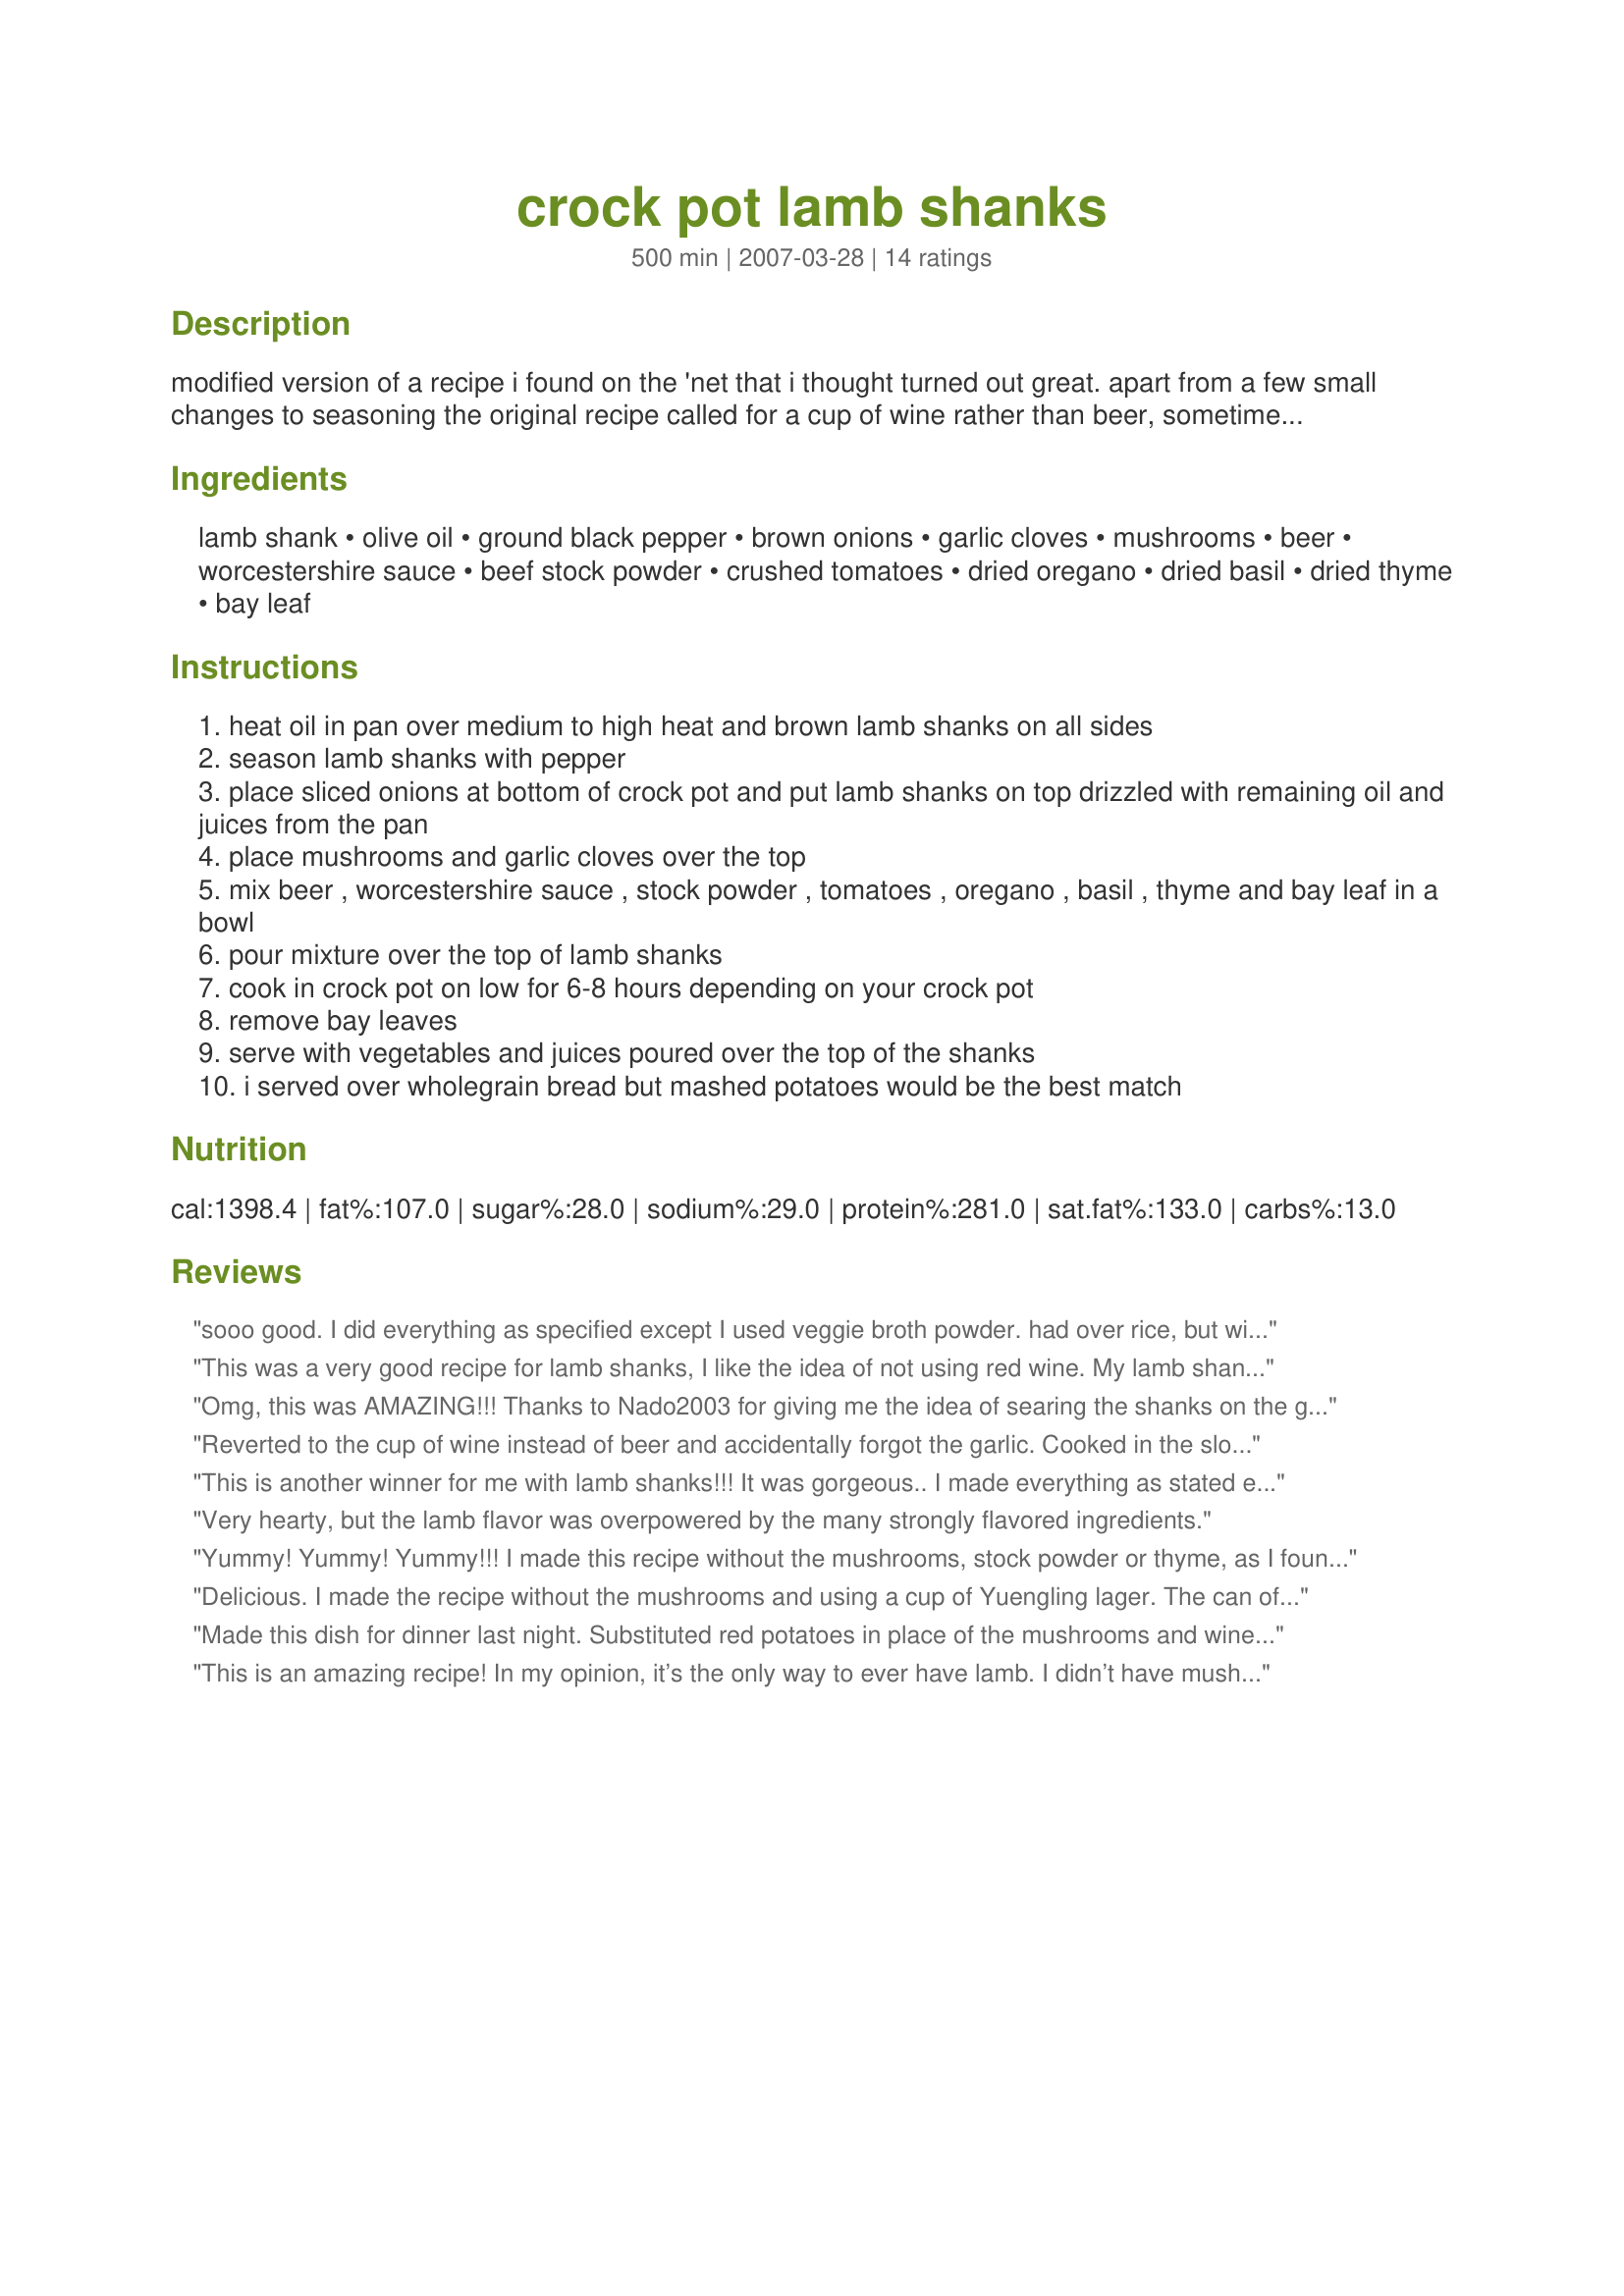
crock pot lamb shanks
Preparation time: 500 minutes

modified version of a recipe i found on the 'net that i thought turned out great. apart from a few small changes to seasoning the original recipe called for a cup of wine rather than beer, sometimes i feel with tomato that makes things a bit rich when slow-cooked and i thought the beer substitution worked well. if you don't want to use beer try a cup of beef stock instead of the stock powder / beer. also whole garlic cooked this way doesn't taste strong at all, if you want it to have a strong garlic taste you'd need to crush some of it.

Ingredients:
lamb shank, olive oil, ground black pepper, brown onions, garlic cloves, mushrooms, beer, worcestershire sauce, beef stock powder, crushed tomatoes, dried oregano, dried basil, dried thyme, bay leaf

Steps:
heat oil in pan over medium to high heat and brown lamb shanks on all sides
season lamb shanks with pepper
place sliced onions at bottom of crock pot and put lamb shanks on top drizzled with remaining oil and juices from the pan
place mushrooms and garlic cloves over the top
mix beer , worcestershire sauce , stock powder , tomatoes , oregano , basil , thyme and bay leaf in a bowl
pour mixture over the top of lamb shanks
cook in crock pot on low for 6-8 hours depending on your crock pot
remove bay leaves
serve with vegetables and juices poured over the top of the shanks
i served over wholegrain bread but mashed potatoes would be the best match

Reviews:
sooo good. I did everything as specified except I used veggie broth powder. had over rice, but will have with roasted potatoes next time, and will try wine instead of beer. Thanks for the tip onthe minestrone soup ... that will be tomorrow. k
This was a very good recipe for lamb shanks, I like the idea of not using red wine. My lamb shanks were huge, 2kg. I wondered how this would affect the sauce but there was plenty. Loved the whole garlic cloves! The only thing lacking was some seasoning, I added some salt at the end and some more pepper. Thanks!
Omg, this was AMAZING!!! Thanks to Nado2003 for giving me the idea of searing the shanks on the grill: saved messing up a pan as well as filling the house with the sometimes-too-much aroma of lamb. I left out the mushrooms, and instead lined the bottom of the crock with small halved gold potatoes. I put the onions on top of those and then the lamb. About 30 min. before serving, I used a slotted spoon to remove the lamb, potatoes and onions to a plate to keep warm in the oven. I stirred a flour/water slurry into the juice in the crock and turned it to HIGH, whisking every few minutes as it thickened up into a perfect gravy. I felt it was more Greek-like w/ the potatoes and without mushrooms. This was a restaurant-level dish!!!!
Reverted to the cup of wine instead of beer and accidentally forgot the garlic. Cooked in the slow cooker for 6 hrs and the meat was falling off the bone. Loved by the whole family. I will cook this again and again.
This is another winner for me with lamb shanks!!! It was gorgeous.. I made everything as stated except I crushed 4 of the cloves for the added garlic flavour. It was the perfect lamb shank fall off the bone recipe as it should be.. So Excellent!!!! I also added 4 tablespoons of bisto gravy granules at the end to thicken the sauce because I found the beer a bit too over powering, but I think that is because I bought a quite strong brand. I will try it again with the brand I usually use when cooking with beer. I made the decision to use this one as the original recipe stated wine and I thought it would lack flavour without a stronger beer. My bad, but it was excellent and we all loved it and wolfed it down. I served mine over mash and I also only added 1 onion and served with caramelised red onion as a topper. With the adjustments it was such an award winning lamb shank recipe, but I will say if you use a really light beer, it will be perfect without change. I used a good dark, strong beer, I would suggest a blonde and this would be gorgeous. Thanks for such a great recipe Peter. I just wish I would have used a lighter beer as I can see the difference it would have made.. Awesome and can't wait to try this again with the right beer LOL.
Very hearty, but the lamb flavor was overpowered by the many strongly flavored ingredients.
Yummy! Yummy! Yummy!!! I made this recipe without the mushrooms, stock powder or thyme, as I found out I did not have them on hand. I also had the 1 cup of red wine, but not any beer. I LOVED the way that they turned out!!! Thank you for such a great recipe!!!
Delicious. I made the recipe without the mushrooms and using a cup of Yuengling lager. The can of crushed tomatoes already had basil seasoning so I left that out. I was a little afraid that the thyme and oregano would be too overpowering but it was fine. My husband declared that with this dish in our repertoire it is goodbye to the Greek restaurant and its lamb shank and even my teenage children who are frequently suspicious of meaty dishes gobbled up the lamb and mash without any protests. Next day I used the left over sauce as the basis for a minestrone soup. Also yum! Thanks so much for a winner!
Made this dish for dinner last night. Substituted red potatoes in place of the mushrooms and wine instead of beer and it turned out delicious. It was equal to lamb shanks that I ordered at a very upscale restaurant!
This is an amazing recipe! In my opinion, it’s the only way to ever have lamb. I didn’t have mushrooms on hand, so I put in chunks of potatoes and it couldn’t have turned out better! #noleftovers #theonlylambreceipeyoulleverneed #delisciousness
Really good recipe. Browned in my Instantpot and lamb chops instead of shanks. Great flavor, wonderful over mashed potatoes.
I love to experiment with new dishes and my wife has recently been drawn to lamb. When she brought home some lamb shanks, I was initially very concerned as I know shanks are usually tough and sinewy. I must admit that I was absolutely blown away with how tender and tasty this meal turned out. After 7 hours in the crock pot the bones were popping out and all the flavors had combined to create a delicious main dish. I modified the ingredients to exclude any alcohol (added more broth) and added fresh rosemary which I placed on top of the shanks at the start of cooking as well as substituting baby Portabella mushrooms. I even got compliments from my 18 year old son. He said it was the best lamb he had ever had. We complimented the meal with a Caesar salad, baked garlic, butter and basil potatoes and butter saut?ed zucchini as well as a bit of fresh warm corn bread. My measurement of meal success is based on the amount of leftovers we have. Unfortunately, I won't be enjoying a lamb shank sandwich tomorrow and the family gobbled it all up. You can%u2019t go wrong with this recipe.
Nice and easy. The only thing I did differently was grill the shanks instead of browning on the stove. I did not want to get a skillet and the stove dirty, OK lazy me. After cooking, removed the meat and vegetables then added cornstarch/water to make a gravy to go with the mash potato. Quick and easy meal. Thank you.
I had 3 shanks that had a total weight of just under 1.5K so thought 8 hours would be the go by which time it was falling off the bone but with mashed potatoe it was a very flavourful meal which the DS, DM and myself thoroughly enjoyed. Thank you Peter J, made as a recipenap for Recipe Swap #21 - October 2008.
